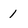
Character: 1